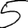
Digit: 5